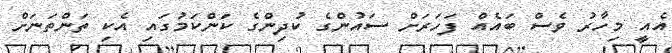
އެއީ މިހާރު ވެސް ބައެއް ފަހަރަށް ސައުންގެ ކުދިންގެ ކަންކަމުގައި އެކި ތަންތަނަށް